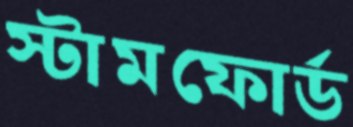
স্টামফোর্ড